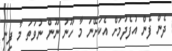
ދެން ފެން އުފެދުމަށް އެކަށޭނަ މާ ހޫނު ނޫން ނުވަތަ މާ ފިނި